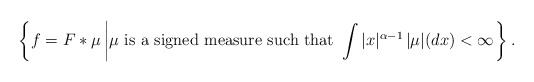
\begin{align*} \displaystyle \left\{ f=F*\mu\left| \mu\text{ is a signed measure such that } \int |x|^{\alpha-1}\, |\mu|(dx)<\infty\right. \right\}. \end{align*}